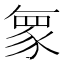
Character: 𮙠